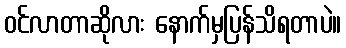
ဝင်လာတာဆိုလား နောက်မှပြန်သိရတာပဲ။